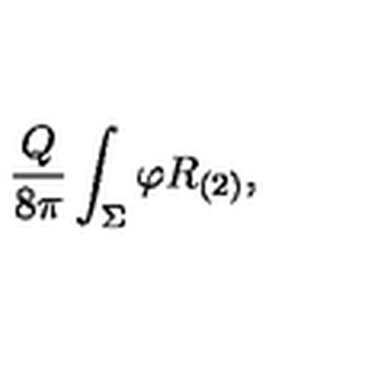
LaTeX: \frac { Q } { 8 \pi } \int _ { \Sigma } \varphi R _ { ( 2 ) } ,